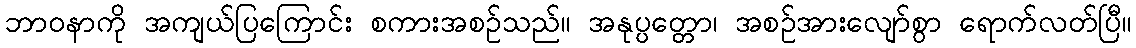
ဘာဝနာကို အကျယ်ပြကြောင်း စကားအစဉ်သည်။ အနုပ္ပတ္တော၊ အစဉ်အားလျော်စွာ ရောက်လတ်ပြီ။